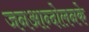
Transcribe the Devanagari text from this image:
जनआन्दोलनके